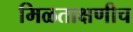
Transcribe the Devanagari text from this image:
मिळताक्षणीच